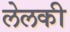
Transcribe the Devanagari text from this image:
लेलकी